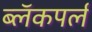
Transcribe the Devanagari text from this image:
ब्लॅकपर्ल